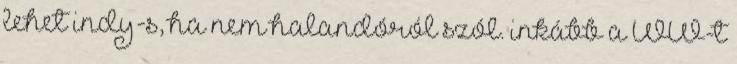
lehet indy-s, ha nem halandóról szól. inkább a WW-t